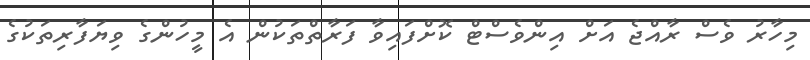
މިހާރު ވެސް ރާއްޖެ އަށް އިންވެސްޓް ކޮށްފައިވާ ފަރާތްތަކުން އެ މީހުންގެ ވިޔަފާރިތަކުގެ